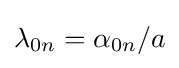
\lambda _{0n}=\alpha _{0n}/a